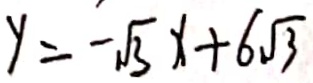
y = - \sqrt { 3 } x + 6 \sqrt { 3 }